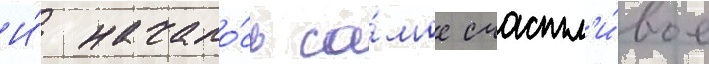
И́ начало́сь са́мое счастл'и́вое